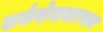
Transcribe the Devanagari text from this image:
कर्करोगासारख्या